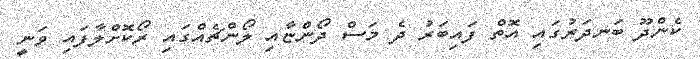
ކެންދޫ ބަނދަރުގައި އޮތް ފައިބަރު ދެ މަސް ދޯންޏާއި ލޯންޗެއްގައި ރޯކޮށްލާފައި ވަނީ